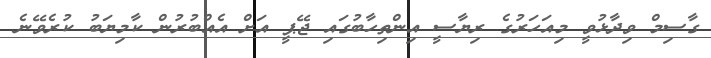
ގާސިމް ވިދާޅުވީ މިއަހަރުގެ ރިޔާސީ އިންތިހާބުގައި ޖޭޕީ އަށް އެއްބުރުން ކާމިޔަބު ކުރެވޭނެ